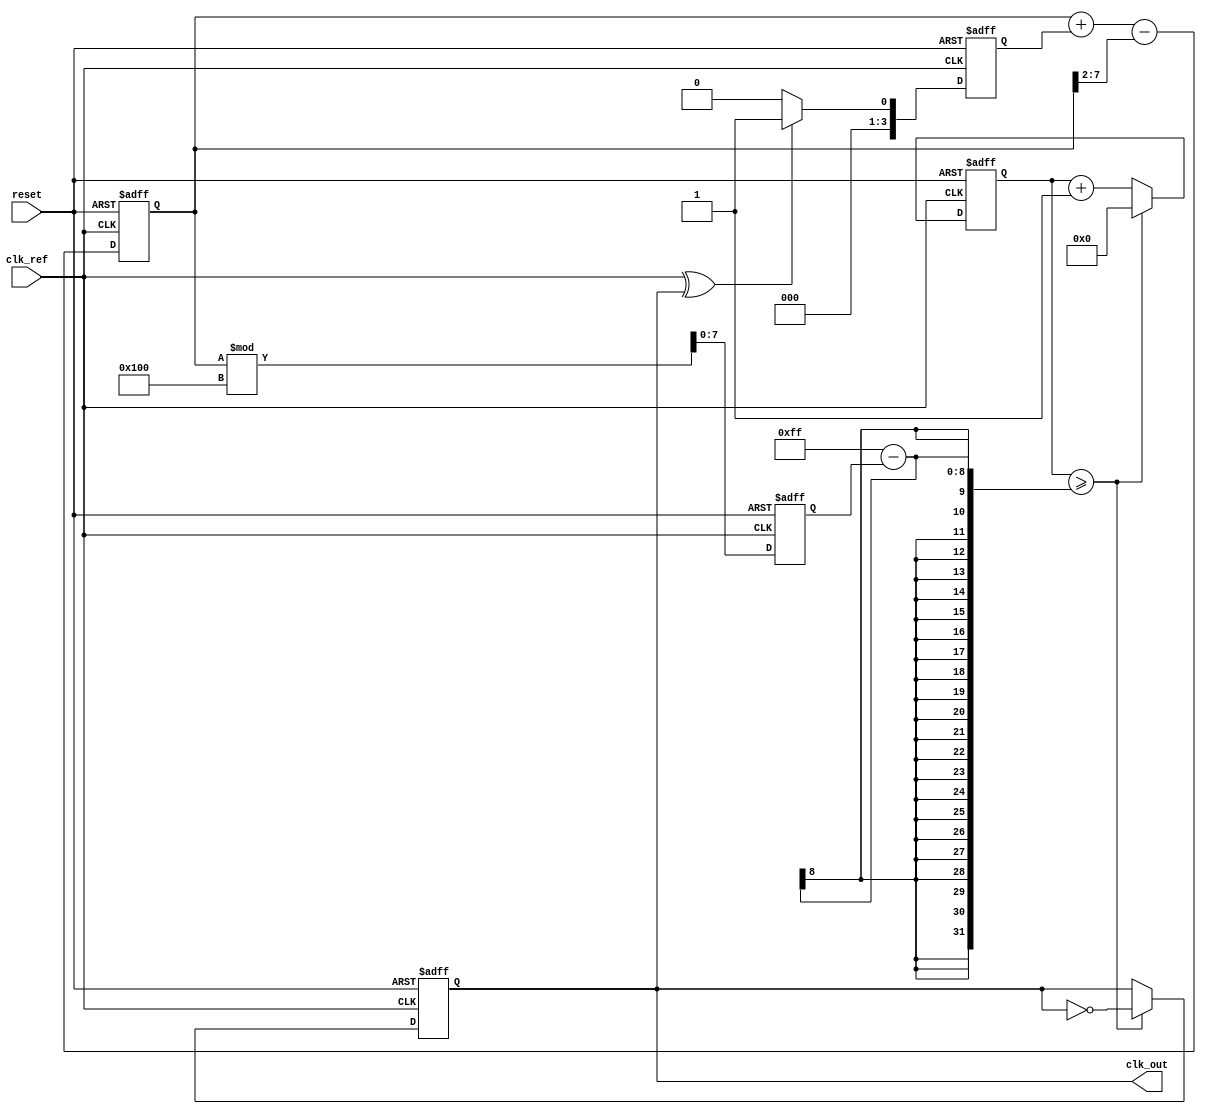
module PLL (
    input wire clk_ref,         // Reference clock input
    input wire reset,           // Asynchronous reset
    output reg clk_out          // Output clock
);

    // Parameters
    parameter PHASE_DETECTOR_WIDTH = 4; // Width of the phase detector output
    parameter LOOP_FILTER_WIDTH = 8;     // Width of the loop filter output
    parameter VCO_WIDTH = 8;              // Width of the VCO output
    parameter VCO_MAX_FREQ = 255;         // Maximum frequency for VCO
    parameter VCO_MIN_FREQ = 0;           // Minimum frequency for VCO

    // Internal signals
    reg [PHASE_DETECTOR_WIDTH-1:0] phase_error; // Phase error signal
    reg [LOOP_FILTER_WIDTH-1:0] control_voltage; // Control voltage for VCO
    reg [VCO_WIDTH-1:0] vco_output;             // VCO output frequency
    reg [31:0] counter;                          // Counter for clock generation
    reg clk_vco;                                 // VCO clock signal

    // Phase Detector (PD)
    always @(posedge clk_ref or posedge reset) begin
        if (reset) begin
            phase_error <= 0;
        end else begin
            // Simple phase detector logic (XOR for phase detection)
            phase_error <= (clk_ref ^ clk_out) ? 1 : 0;
        end
    end

    // Loop Filter (LF)
    always @(posedge clk_ref or posedge reset) begin
        if (reset) begin
            control_voltage <= 0;
        end else begin
            // Simple first-order loop filter
            control_voltage <= control_voltage + phase_error - (control_voltage >> 2); // Proportional + Integral
        end
    end

    // Voltage-Controlled Oscillator (VCO)
    always @(posedge clk_ref or posedge reset) begin
        if (reset) begin
            vco_output <= VCO_MIN_FREQ;
        end else begin
            // Adjust VCO output based on control voltage
            vco_output <= control_voltage[LOOP_FILTER_WIDTH-1:LOOP_FILTER_WIDTH-VCO_WIDTH] % (VCO_MAX_FREQ + 1);
        end
    end

    // Generate output clock based on VCO output
    always @(posedge clk_ref or posedge reset) begin
        if (reset) begin
            clk_out <= 0;
            counter <= 0;
        end else begin
            // Simple clock divider based on VCO output
            counter <= counter + 1;
            if (counter >= (VCO_MAX_FREQ - vco_output)) begin
                clk_out <= ~clk_out; // Toggle output clock
                counter <= 0;
            end
        end
    end

endmodule